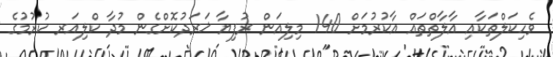
ވެހިކަލްތަކާއި އާލާތްތައް އާކުރުމަށް 140 މިލިއަން ރުފިޔާ ޚަރަދުކޮށްގެން މުދާ ކްލިއަރ ކުރުމުގެ